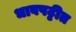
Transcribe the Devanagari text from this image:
धावपट्टीत